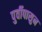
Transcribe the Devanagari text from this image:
पुर्वीपासुन